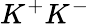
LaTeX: K^{+}K^{-}